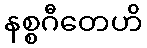
နစ္စဂီတေဟိ